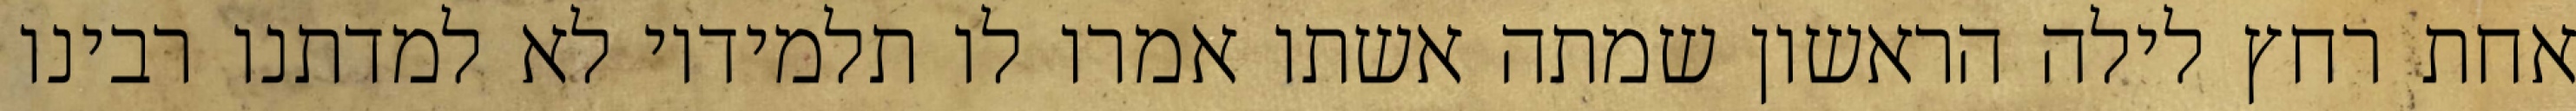
אחת רחץ לילה הראשון שמתה אשתו אמרו לו תלמידיו לא למדתנו רבינו